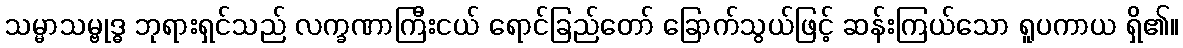
သမ္မာသမ္ဗုဒ္ဓ ဘုရားရှင်သည် လက္ခဏာကြီးငယ် ရောင်ခြည်တော် ခြောက်သွယ်ဖြင့် ဆန်းကြယ်သော ရူပကာယ ရှိ၏။